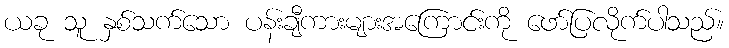
ယခု သူ နှစ်သက်သော ပန်းချီကားများအကြောင်းကို ဖော်ပြလိုက်ပါသည်။